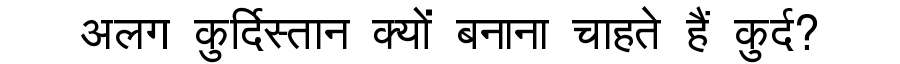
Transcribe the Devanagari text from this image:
अलग कुर्दिस्तान क्यों बनाना चाहते हैं कुर्द?